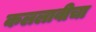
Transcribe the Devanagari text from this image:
कललावीचा